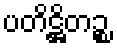
ပတိဋ္ဌိတဉ္စ